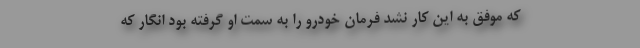
که موفق به این کار نشد فرمان خودرو را به سمت او گرفته بود انگار که